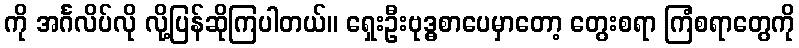
ကို အင်္ဂလိပ်လို လို့ပြန်ဆိုကြပါတယ်။ ရှေးဦးဗုဒ္ဓစာပေမှာတော့ တွေးစရာ ကြံစရာတွေကို